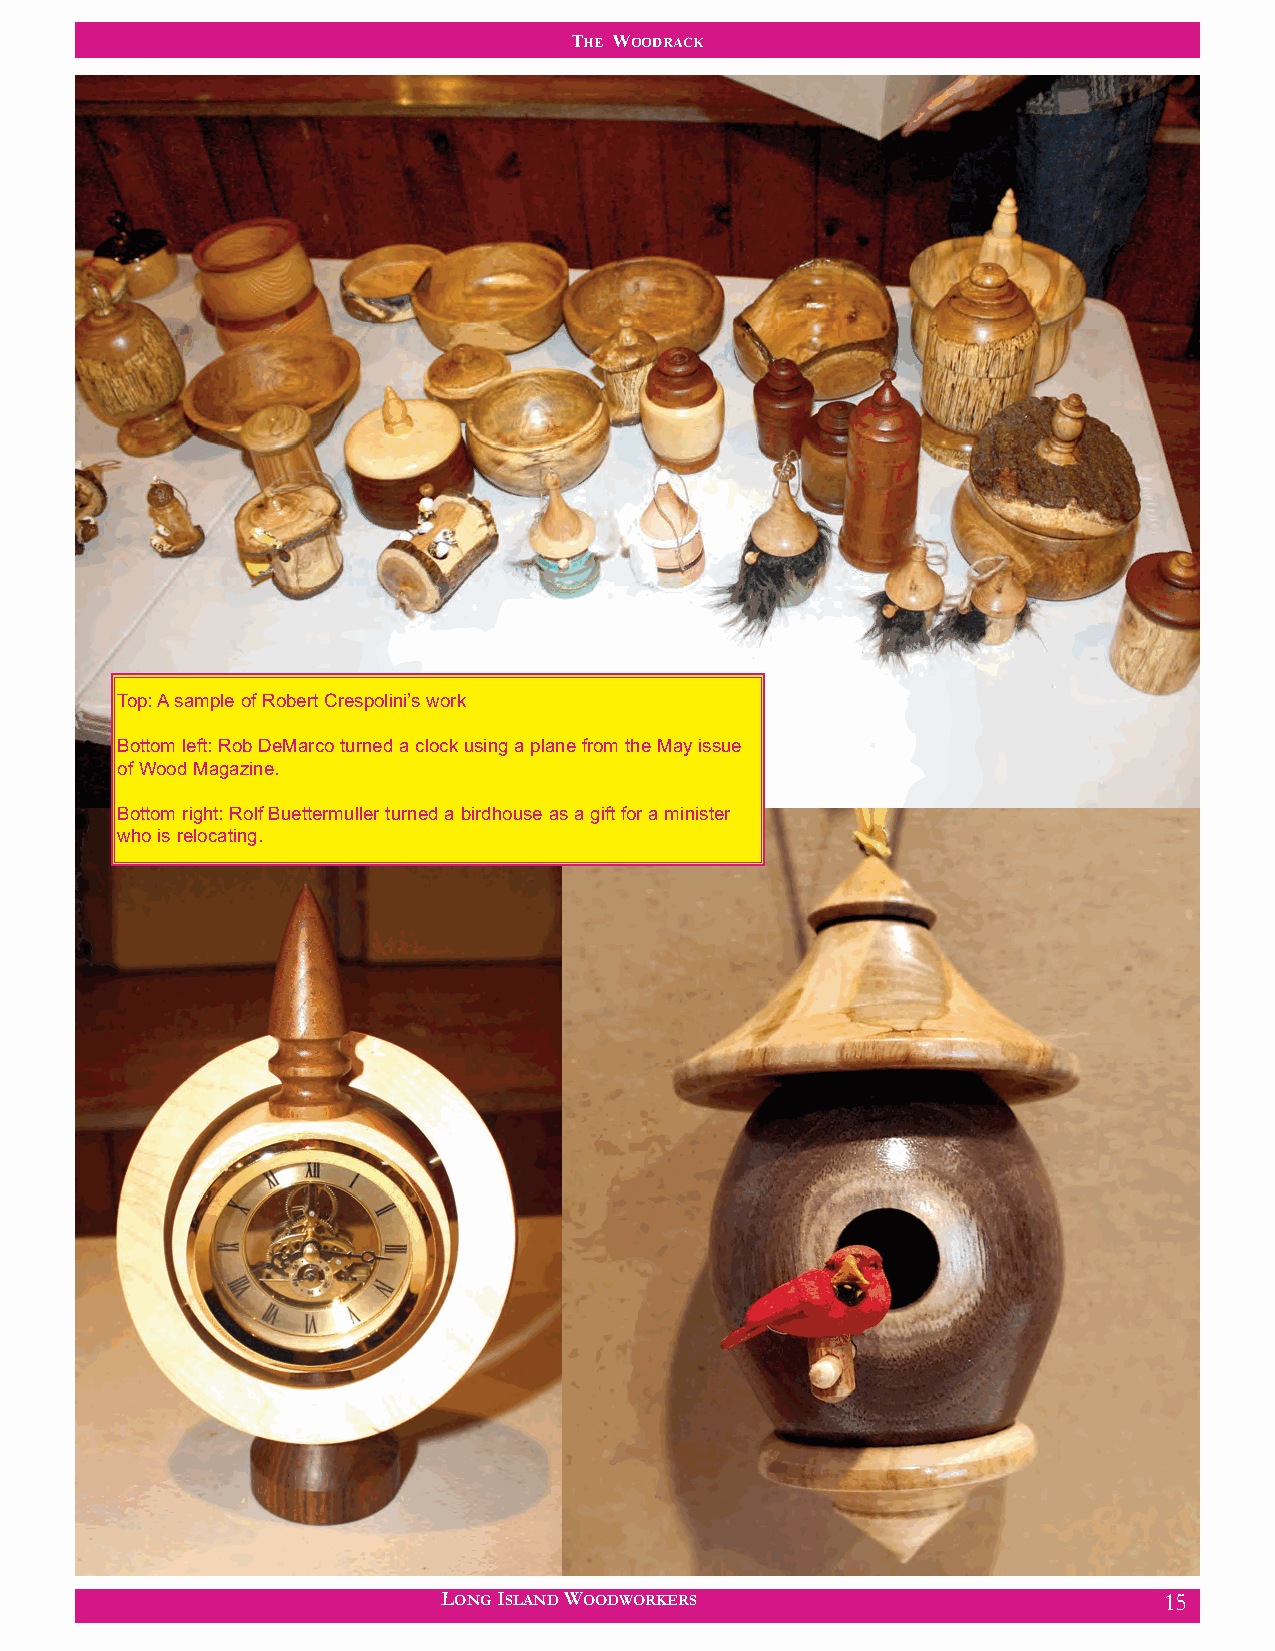
THE WOODRACK
 Top: A sample of Robert Crespolini’s work
 Bottom left: Rob DeMarco turned a clock using a plane from the May issue
 of Wood Magazine.
 Bottom right: Rolf Buettermuller turned a birdhouse as a gift for a minister
 who is relocating.
 LONG ISLAND WOODWORKERS                         15